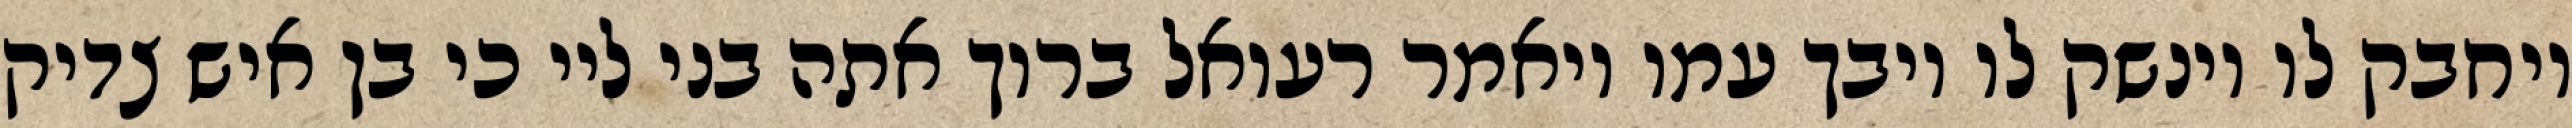
ויחבק לו וינשק לו ויבך עמו ויאמר רעואל ברוך אתה בני ליי כי בן איש צדיק